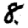
Digit: 8